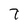
Character: 7